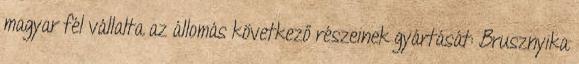
magyar fél vállalta az állomás következő részeinek gyártását: Brusznyika